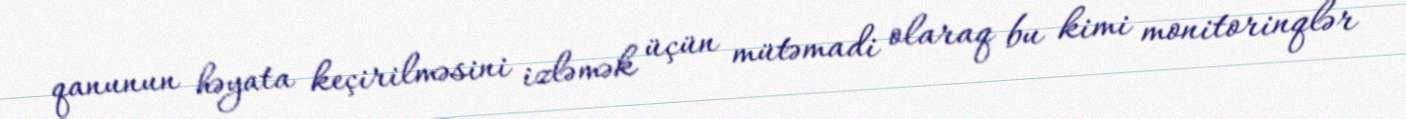
qanunun həyata keçirilməsini izləmək üçün mütəmadi olaraq bu kimi monitorinqlər